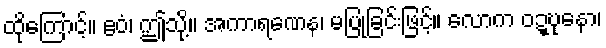
ထိုကြောင့်။ ဧဝံ၊ ဤသို့။ အကာရဏေန၊ မပြုခြင်းဖြင့်။ လောက ဝဍ္ဎုနော၊